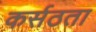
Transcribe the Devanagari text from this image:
कर्सठता